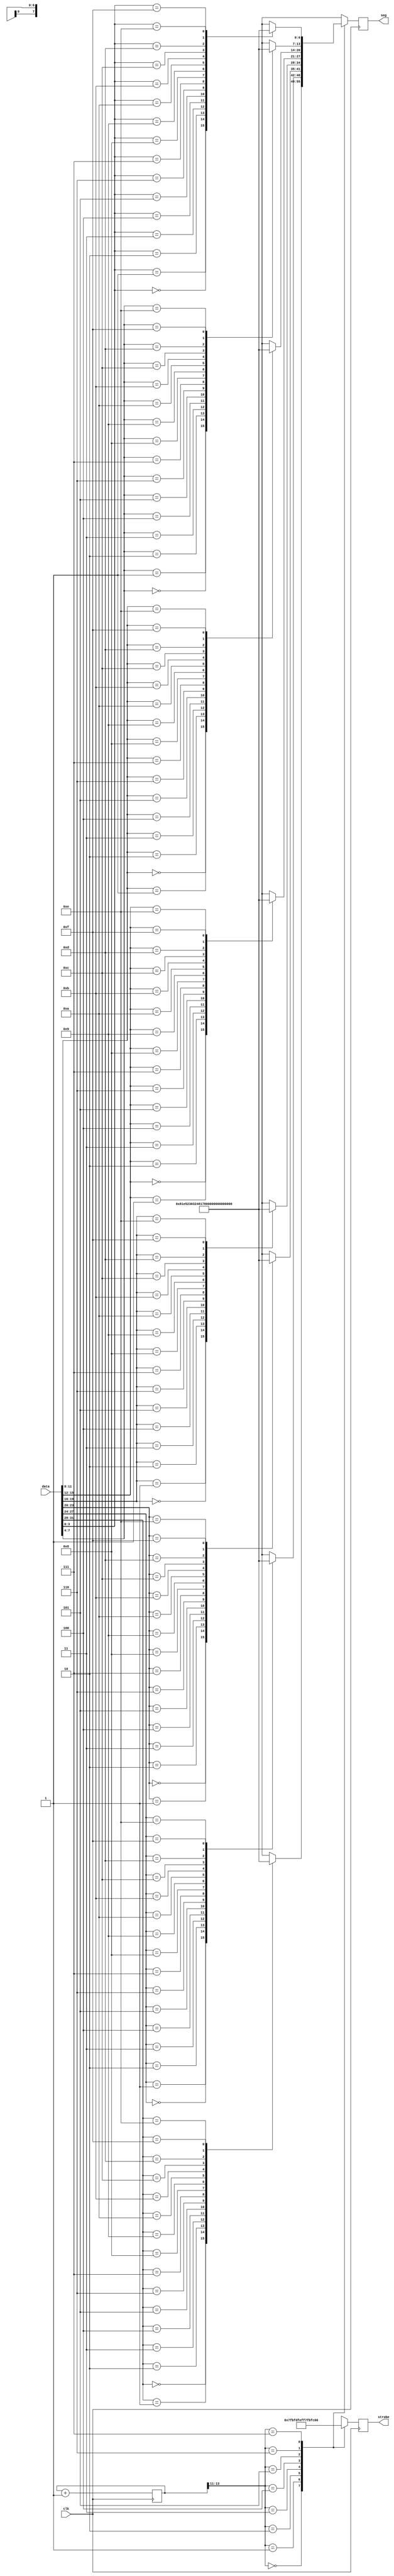
`timescale 1ns / 1ps
//////////////////////////////////////////////////////////////////////////////////
// Company:   g.p.hom
// Engineer: 
// 
// Module Name:    display_8hex 

// Description:  Display 8 hex numbers on 7 segment display
//
// Revision: 
// Revision 0.01 - File Created
// Additional Comments: 
//
//////////////////////////////////////////////////////////////////////////////////
module display_8hex(
    input clk,                 // system clock
    input [31:0] data,         // 8 hex numbers, msb first
    output reg [6:0] seg,      // seven segment display output
    output reg [7:0] strobe    // digit strobe
    );

    localparam bits = 13;
     
    reg [bits:0] counter = 0;  // clear on power up
     
    wire [6:0] segments[15:0]; // 16 7 bit memorys
    assign segments[0]  = 7'b100_0000;
    assign segments[1]  = 7'b111_1001;
    assign segments[2]  = 7'b010_0100;
    assign segments[3]  = 7'b011_0000;
    assign segments[4]  = 7'b001_1001;
    assign segments[5]  = 7'b001_0010;
    assign segments[6]  = 7'b000_0010;
    assign segments[7]  = 7'b111_1000;
    assign segments[8]  = 7'b000_0000;
    assign segments[9]  = 7'b001_1000;
    assign segments[10] = 7'b000_1000;
    assign segments[11] = 7'b000_0011;
    assign segments[12] = 7'b010_0111;
    assign segments[13] = 7'b010_0001;
    assign segments[14] = 7'b000_0110;
    assign segments[15] = 7'b000_1110;
     
    always @(posedge clk) begin
      counter <= counter + 1;
      case (counter[bits:bits-2])
          3'b000: begin
                  seg <= segments[data[31:28]];
                  strobe <= 8'b0111_1111 ;
                 end

          3'b001: begin
                  seg <= segments[data[27:24]];
                  strobe <= 8'b1011_1111 ;
                 end

          3'b010: begin
                   seg <= segments[data[23:20]];
                   strobe <= 8'b1101_1111 ;
                  end
          3'b011: begin
                  seg <= segments[data[19:16]];
                  strobe <= 8'b1110_1111;        
                 end
          3'b100: begin
                  seg <= segments[data[15:12]];
                  strobe <= 8'b1111_0111;
                 end

          3'b101: begin
                  seg <= segments[data[11:8]];
                  strobe <= 8'b1111_1011;
                 end

          3'b110: begin
                   seg <= segments[data[7:4]];
                   strobe <= 8'b1111_1101;
                  end
          3'b111: begin
                  seg <= segments[data[3:0]];
                  strobe <= 8'b1111_1110;
                 end




       endcase
      end

endmodule